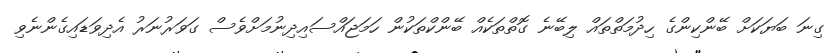
ގިނަ ބަޔަކަށް ބޭންކިންގެ ހިދުމަތްތައް ލިބޭނެ ގޮތްތަކެއް ބޭންކްތަކުން ހަމަޖައްސައިދިނުމަށްވެސް ގަވަރުނަރު އެދިވަޑައިގެންނެވި